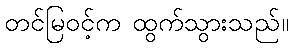
တင်မြဝင့်က ထွက်သွားသည်။